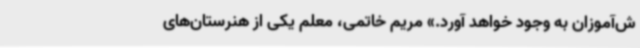
ش‌آموزان به وجود خواهد آورد.» مریم خاتمی، معلم یکی از هنرستان‌های